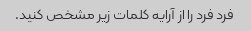
فرد فرد را از آرایه کلمات زیر مشخص کنید.